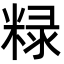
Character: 粶